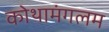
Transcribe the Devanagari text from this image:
कोथामंगलम